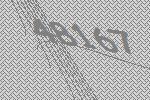
48167